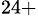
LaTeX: ^{24+}